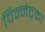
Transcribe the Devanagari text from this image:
विन्नेट्का